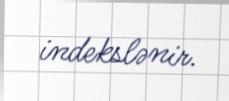
indekslənir.